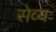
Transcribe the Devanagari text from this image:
सेव्यः